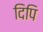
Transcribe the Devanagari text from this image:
दिपि